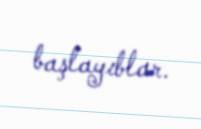
başlayıblar.